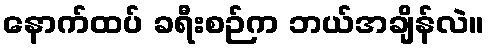
နောက်ထပ် ခရီးစဉ်က ဘယ်အချိန်လဲ။